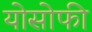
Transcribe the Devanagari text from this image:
योसोफी